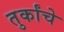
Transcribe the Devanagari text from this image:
तुर्कांचे